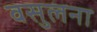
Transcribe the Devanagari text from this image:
वसुलना